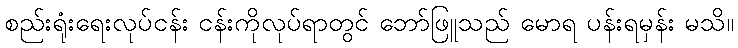
စည်းရုံးရေးလုပ်ငန်း ငန်းကိုလုပ်ရာတွင် ဘော်ဖြူသည် မောရ ပန်းရမှန်း မသိ။